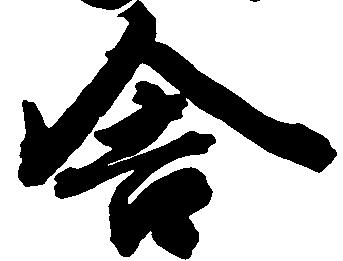
舎